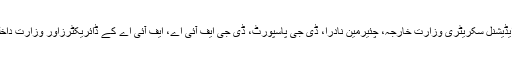
اس اجلاس میں سکریٹری داخلہ، ایڈیشنل سکریٹری وزارتِ خارجہ، چئیرمین نادرا، ڈی جی پاسپورٹ، ڈی جی ایف آئی اے، ایف آئی اے کے ڈائریکٹرزاور وزارتِ داخلہ کے اعلیٰ حکام نے شرکت کی۔